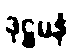
ဒုဋ္ဌမနံ